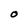
Character: O